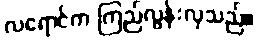
လရောင်က ကြည်လွန်းလှသည်။